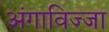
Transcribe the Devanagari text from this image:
अंगाविज्जा